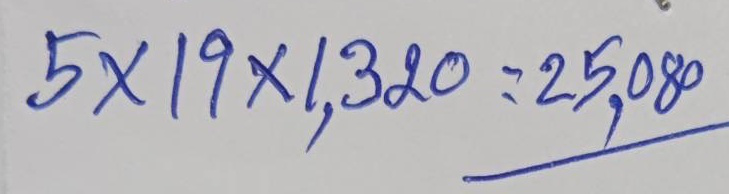
5 x 19 x 1,320 = 25,080